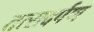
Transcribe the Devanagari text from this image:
तत्सदर्पण